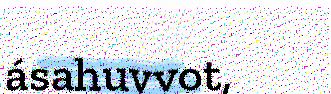
ásahuvvot,